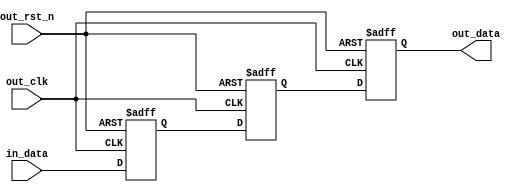
//////////////////////////////////////////////////////////////////////////////
// SPDX-FileCopyrightText: 2021 , Dinesh Annayya                          
// 
// Licensed under the Apache License, Version 2.0 (the "License");
// you may not use this file except in compliance with the License.
// You may obtain a copy of the License at
//
//      http://www.apache.org/licenses/LICENSE-2.0
//
// Unless required by applicable law or agreed to in writing, software
// distributed under the License is distributed on an "AS IS" BASIS,
// WITHOUT WARRANTIES OR CONDITIONS OF ANY KIND, either express or implied.
// See the License for the specific language governing permissions and
// limitations under the License.
// SPDX-License-Identifier: Apache-2.0
// SPDX-FileContributor: Created by Dinesh Annayya <dinesha@opencores.org>
//
//////////////////////////////////////////////////////////////////////
////                                                              ////
////  OMS 8051 cores common library Module                        ////
////                                                              ////
////  This file is part of the OMS 8051 cores project             ////
////  http://www.opencores.org/cores/oms8051mini/                 ////
////    https://github.com/dineshannayya/yifive_r0.git            ////
////                                                              ////
////  Description                                                 ////
////  OMS 8051 definitions.                                       ////
////                                                              ////
////  To Do:                                                      ////
////    nothing                                                   ////
////                                                              ////
////  Author(s):                                                  ////
////      - Dinesh Annayya, dinesha@opencores.org                 ////
////                                                              ////
////  Revision : Nov 26, 2016                                     //// 
////                                                              ////
//////////////////////////////////////////////////////////////////////
////                                                              ////
//// Copyright (C) 2000 Authors and OPENCORES.ORG                 ////
////                                                              ////
//// This source file may be used and distributed without         ////
//// restriction provided that this copyright statement is not    ////
//// removed from the file and that any derivative work contains  ////
//// the original copyright notice and the associated disclaimer. ////
////                                                              ////
//// This source file is free software; you can redistribute it   ////
//// and/or modify it under the terms of the GNU Lesser General   ////
//// Public License as published by the Free Software Foundation; ////
//// either version 2.1 of the License, or (at your option) any   ////
//// later version.                                               ////
////                                                              ////
//// This source is distributed in the hope that it will be       ////
//// useful, but WITHOUT ANY WARRANTY; without even the implied   ////
//// warranty of MERCHANTABILITY or FITNESS FOR A PARTICULAR      ////
//// PURPOSE.  See the GNU Lesser General Public License for more ////
//// details.                                                     ////
////                                                              ////
//// You should have received a copy of the GNU Lesser General    ////
//// Public License along with this source; if not, download it   ////
//// from http://www.opencores.org/lgpl.shtml                     ////
////                                                              ////
//////////////////////////////////////////////////////////////////////
//----------------------------------------------------------------------------
// Simple Double sync logic with Reset value = 0
// This double signal should be used for signal transiting from low to high
//----------------------------------------------------------------------------

module double_sync_high   (
              in_data    ,
              out_clk    ,
              out_rst_n  ,
              out_data   
          );

parameter WIDTH = 1;

input [WIDTH-1:0]    in_data    ; // Input from Different clock domain
input                out_clk    ; // Output clock
input                out_rst_n  ; // Active low Reset
output[WIDTH-1:0]    out_data   ; // Output Data


reg [WIDTH-1:0]     in_data_s  ; // One   Cycle sync 
reg [WIDTH-1:0]     in_data_2s ; // two   Cycle sync 
reg [WIDTH-1:0]     in_data_3s ; // three Cycle sync 

assign out_data =  in_data_3s;

always @(negedge out_rst_n or posedge out_clk)
begin
   if(out_rst_n == 1'b0)
   begin
      in_data_s  <= {WIDTH{1'b0}};
      in_data_2s <= {WIDTH{1'b0}};
      in_data_3s <= {WIDTH{1'b0}};
   end
   else
   begin
      in_data_s  <= in_data;
      in_data_2s <= in_data_s;
      in_data_3s <= in_data_2s;
   end
end


endmodule